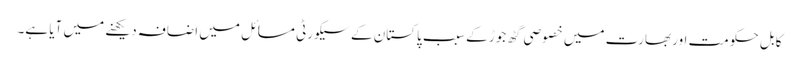
کابل حکومت اور بھارت میں خصوصی گٹھ جوڑ کے سبب پاکستان کے سیکورٹی مسائل میں اضافہ دیکھنے میں آیا ہے۔